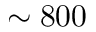
\sim 8 0 0